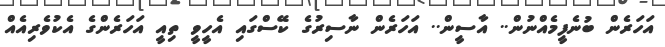
އަހަރެން ބުނެފީމެއްނުން.. އާސީން.. އަހަރެން ނާސިރުގެ ކޭސްގައި އެހީވީ ތިއީ އަހަރެންގެ އެކުވެރިއެއް